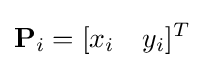
\mathbf {P} _{i}=[x_{i}\quad y_{i}]^{T}